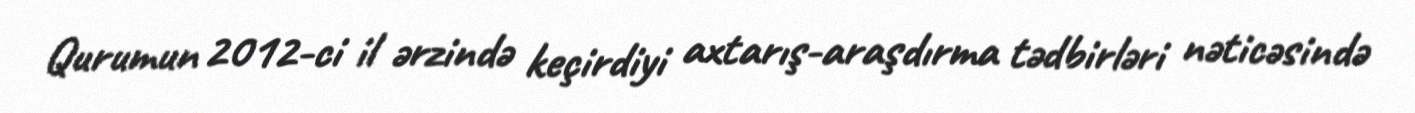
Qurumun 2012-ci il ərzində keçirdiyi axtarış-araşdırma tədbirləri nəticəsində